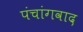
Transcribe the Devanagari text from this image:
पंचांगवाद